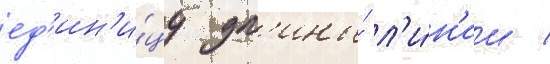
ед'ин'и́цу дл'ины́ л'и́н'ии /